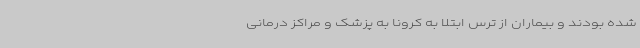
شده بودند و بیماران از ترس ابتلا به کرونا به پزشک و مراکز درمانی